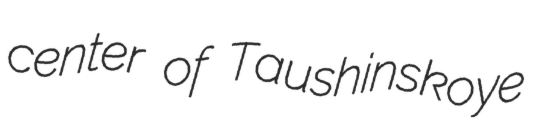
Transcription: center of Taushinskoye